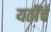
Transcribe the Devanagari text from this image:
यतींचे